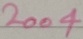
Text: 2004